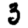
Digit: 3